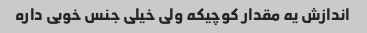
اندازش یه مقدار کوچیکه ولی خیلی جنس خوبی داره